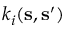
k _ { i } ( \mathbf { s } , \mathbf { s } ^ { \prime } )